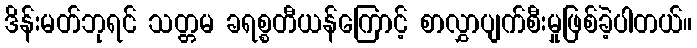
ဒိန်းမတ်ဘုရင် သတ္တမ ခရစ္စတီယန်ကြောင့် စာလွှာပျက်စီးမှုဖြစ်ခဲ့ပါတယ်။